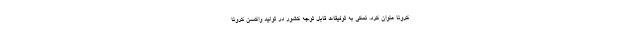
کرونا عنوان کرد. نمکی به توفیقات قابل توجه کشور در تولید واکسن کرونا